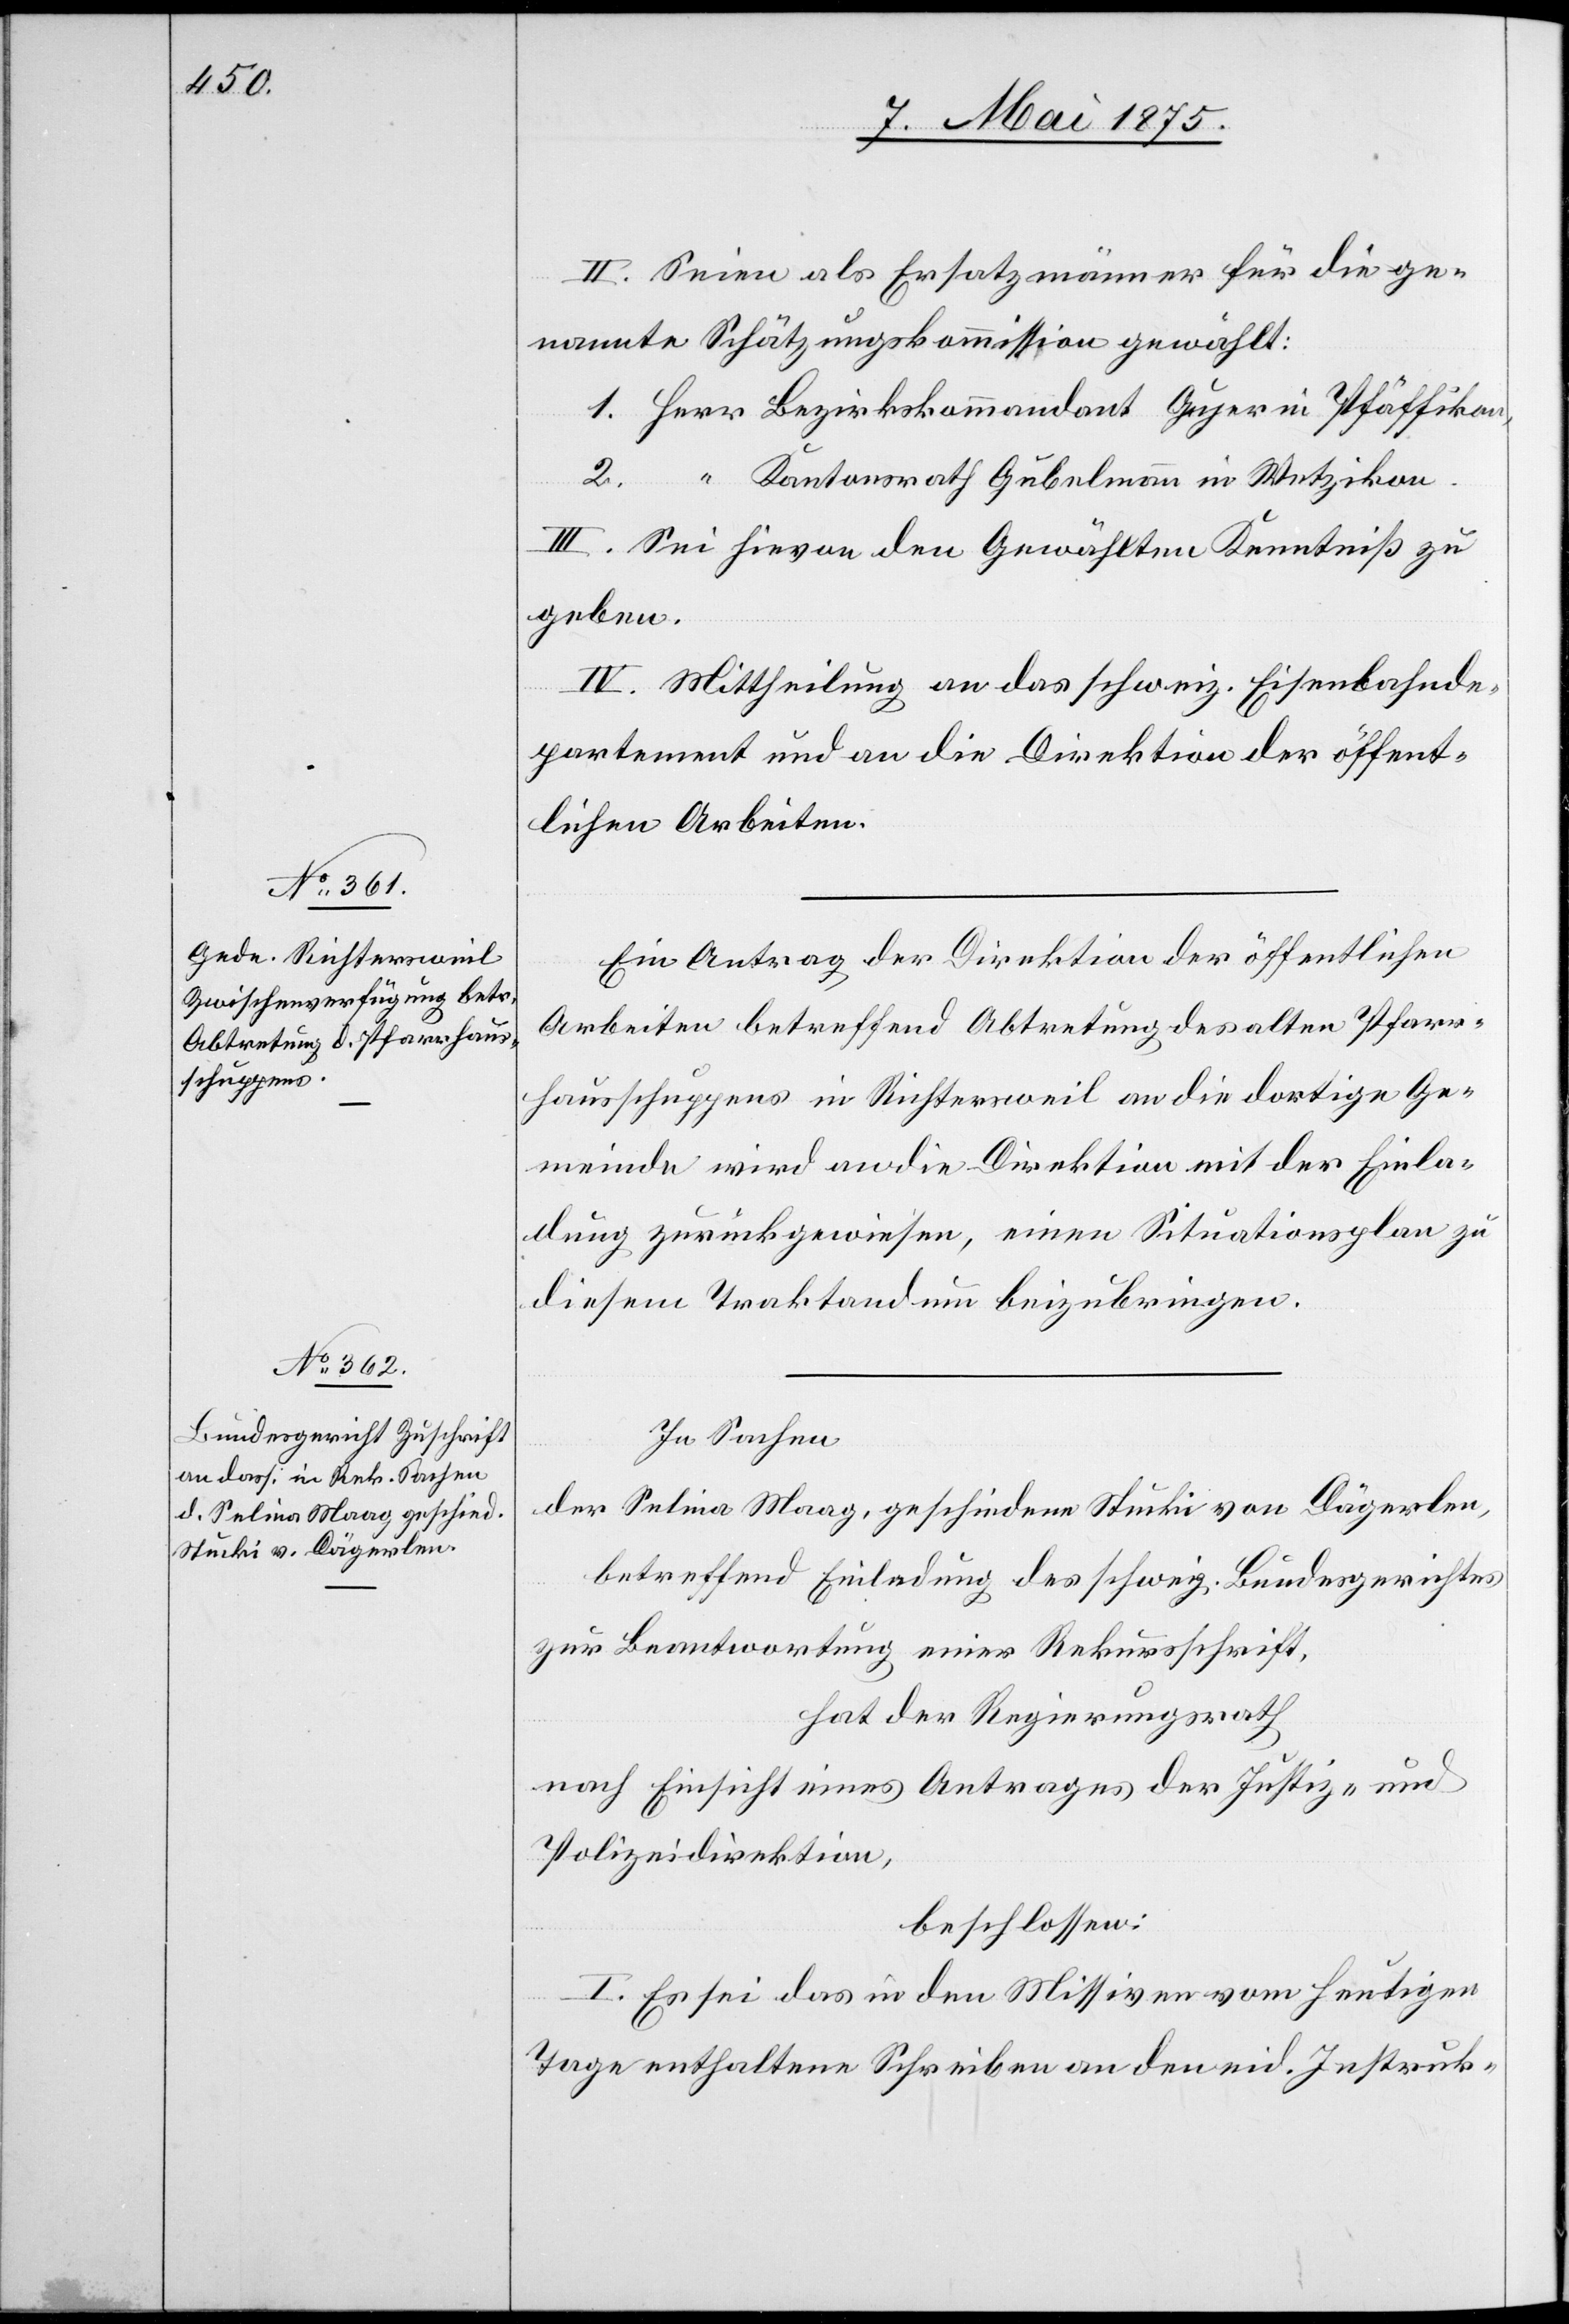
II. Seien als Ersatzmänner für die ge¬
nannte Schätzungskommission gewählt:
Kantonsrath Gubelmann in Wetzikon.
III. Sei hievon den Gewählten Kenntniß zu
geben.
IV. Mittheilung an das schweiz. Eisenbahnde¬
partement und an die Direktion der öffent¬
lichen Arbeiten.
Ein Antrag der Direktion der öffentlichen
Arbeiten betreffend Abtretung des alten Pfarr¬
hausschuppens in Richtersweil an die dortige Ge¬
meinde wird an die Direktion mit der Einla¬
dung zurückgewiesen, einen Situationsplan zu
diesem Traktandum beizubringen.
In Sachen
der Selina Maag, geschiedene Stucki von Dägerlen,
betreffend Einladung des schweiz. Bundesgerichtes
zur Beantwortung einer Rekursschrift,
hat der Regierungsrath
nach Einsicht eines Antrages der Justiz- und
Polizeidirektion,
beschlossen:
I. Es sei das in den Missiven vom heutigen
Tage enthaltene Schreiben an den eid. Instruk-